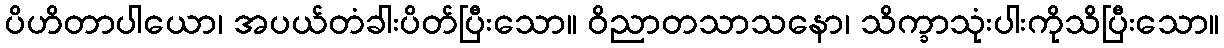
ပိဟိတာပါယော၊ အပယ်တံခါးပိတ်ပြီးသော။ ဝိညာတသာသနော၊ သိက္ခာသုံးပါးကိုသိပြီးသော။